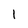
Character: 1